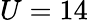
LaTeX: U=14